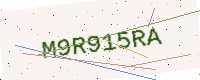
Text: M9R915RA